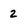
Character: 2